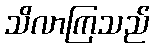
သိလာကြသည်